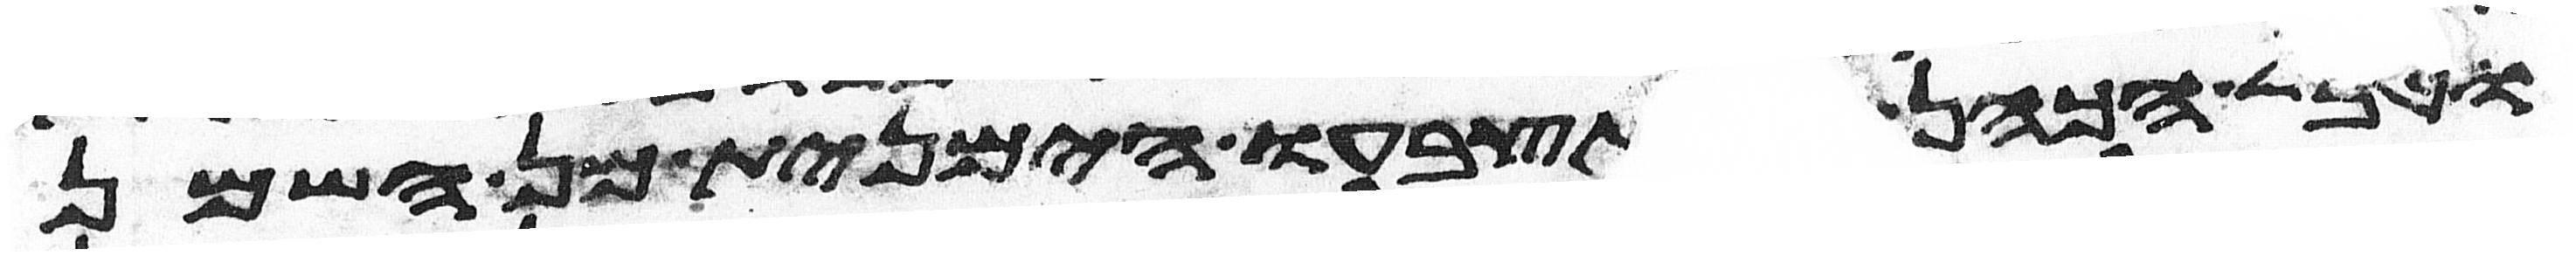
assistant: וטבל הכהן את אצבעו הימנית מן השמן